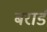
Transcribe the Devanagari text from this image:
बरार्ड